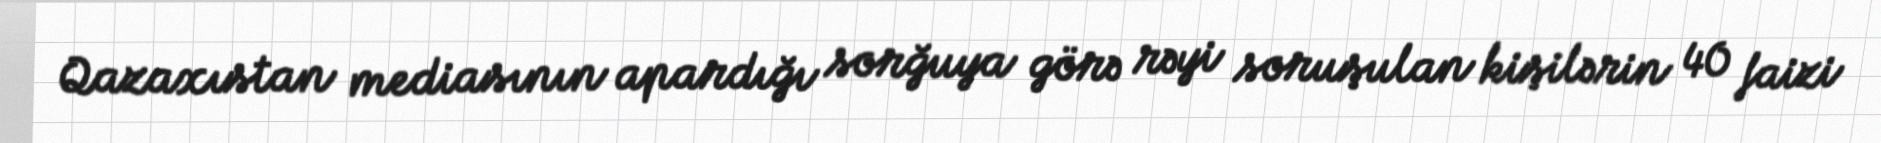
Qazaxıstan mediasının apardığı sorğuya görə rəyi soruşulan kişilərin 40 faizi